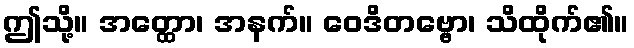
ဤသို့။ အတ္ထော၊ အနက်။ ဝေဒိတဗ္ဗော၊ သိထိုက်၏။